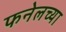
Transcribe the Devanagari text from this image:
फनेलच्या